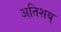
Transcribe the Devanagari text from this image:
अतिशय्